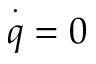
\overset { \cdot } { q } = 0